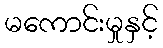
မကောင်းမှုနှင့်